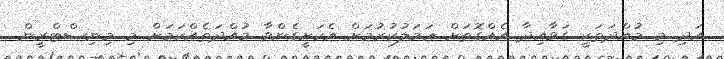
އަދި މި މުއްދަތަކީ ގަވާއިދާ އެއްގޮތަށް ޢަމަލުކުރުމަށް އެކަށީގެންވާ މުއްދަތެއްކަމަށް މި މިނިސްޓްރީން